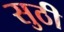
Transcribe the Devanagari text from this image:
सुठी